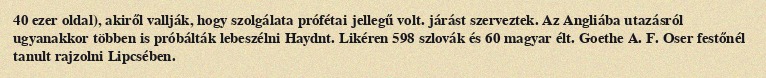
40 ezer oldal), akiről vallják, hogy szolgálata prófétai jellegű volt. járást szerveztek. Az Angliába utazásról ugyanakkor többen is próbálták lebeszélni Haydnt. Likéren 598 szlovák és 60 magyar élt. Goethe A. F. Oser festőnél tanult rajzolni Lipcsében.